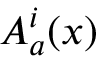
A _ { a } ^ { i } ( x )